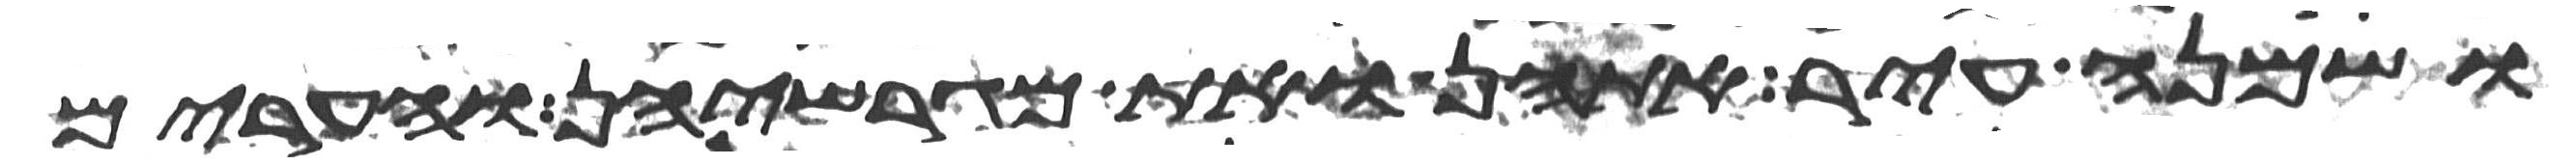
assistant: ושמנה עיר אתהן ואת מגרשיהן והערים